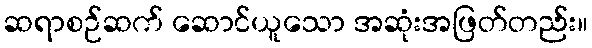
ဆရာစဉ်ဆက် ဆောင်ယူသော အဆုံးအဖြတ်တည်း။